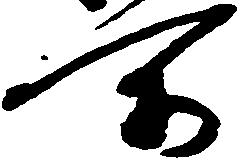
所